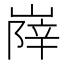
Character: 𡺰